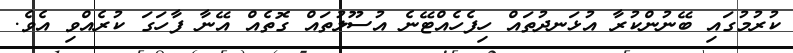
ކުރުމުގައި ބޭނުންކުރާ އުޅަނދުތައް ހިފެހެއްޓޭނެ އުސޫލުތައް ގޮތެއް އޭނާ ފާހަގަ ކުރެއްވި އެވެ.